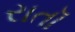
રાતૉ